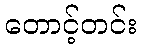
တောင့်တင်း